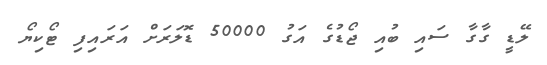
ލޭޑީ ގާގާ ސައި ބުއި ޖޯޑުގެ އަގު 50000 ޑޮލަރަށް އަރައިފި ޓޯކިޔޯ